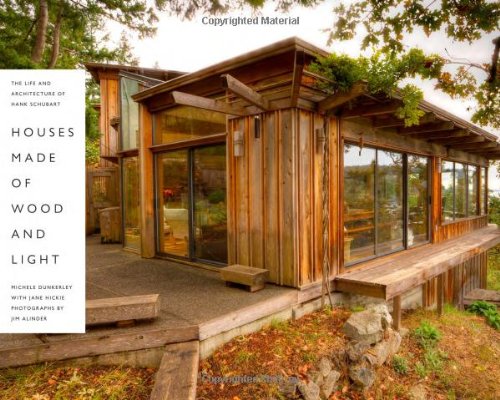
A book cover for Houses Made of Wood and Light: The Life and Architecture of Hank Schubart (Roger Fullington Series in Architecture); Michele Dunkerley; Biographies & Memoirs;